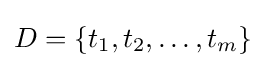
D=\{t_{1},t_{2},\ldots ,t_{m}\}